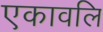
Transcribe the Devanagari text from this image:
एकावलि